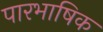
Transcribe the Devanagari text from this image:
पारभाषिक